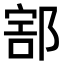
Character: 𨜱